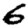
Digit: 6